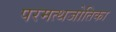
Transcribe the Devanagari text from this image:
परमत्थजोतिका